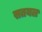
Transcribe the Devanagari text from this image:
सतयल